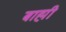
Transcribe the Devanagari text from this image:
बाह्मी